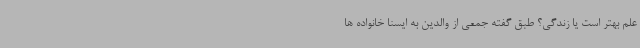
علم بهتر است یا زندگی؟ طبق گفته جمعی از والدین به ایسنا خانواده ها